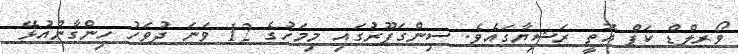
ވޯރލްޑް ކަޕް އޮތީ ރަޝިޔާގައެވެ. ސިންގަޕޫރުގައި މިމަހުގެ 12 ވަނަ ދުވަހު ހިންގާންއުޅޭ